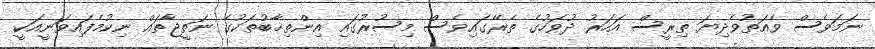
ނަމަވެސް ވެއަތުވެދިޔަ ތިރީސް އަހަރު ދުވަހުގެ ތެރޭގައިވެސް މިސުރުގައި އިންތިޚާބުތަކުގެ ނަތީޖާތައް ނިކުމެފައިވަނީއަކީ